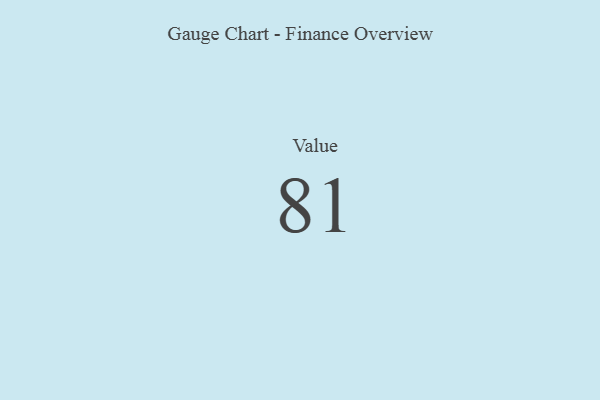
{"axis": {"x": "Metric", "y": "Value"}, "legend": [""], "data": [{"x": "Value", "y": 81, "type": ""}]}